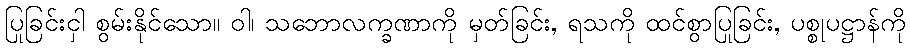
ပြုခြင်းငှါ စွမ်းနိုင်သော။ ဝါ၊ သဘောလက္ခဏာကို မှတ်ခြင်း, ရသကို ထင်စွာပြုခြင်း, ပစ္စုပဋ္ဌာန်ကို